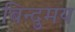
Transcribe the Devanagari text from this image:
बिन्दुमय